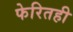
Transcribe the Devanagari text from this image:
फेरितही